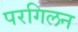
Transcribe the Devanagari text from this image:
परगिलन